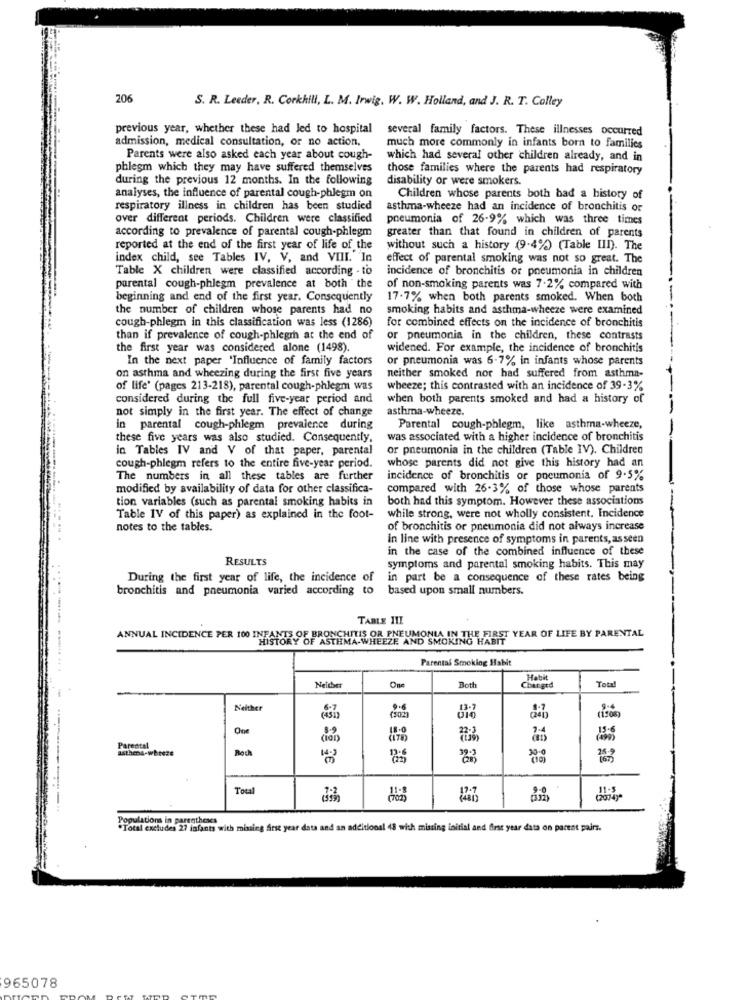
206
S. R. Leeder, R. Corkhill, L. M. Irwig. W. W. Holland, and J. R. T. Colley
previous year, whether these had led to hospital
several family factors. These illnesses occurred
admission, medical consultation, or no action,
much more commonly in infants born to families
Parents were also asked each year about cough-
which had several other children already, and in
phlegm which they may have suffered themselves
those families where the parents had respiratory
during the previous 12 months. In the following
disability or were smokers.
analyses, the influence of parental cough-phlegm on
Children whose parents both had a history of
respiratory illness in children has been studied
asthma-wheeze had an incidence of bronchitis or
over different periods. Children were classified
pneumonia of 26-9% which was three times
according to prevalence of parental cough-phlegm
greater than that found in children of parents
reported at the end of the first year of life of the
without such a history (9-4%) (Table III). The
index child, see Tables IV, V, and VIII. In
effect of parental smoking was not so great. The
Table X children were classified according . to
incidence of bronchitis or pneumonia in children
parental cough-phlegm prevalence at both the
of non-smoking parents was 7.2% compared with
beginning and end of the first year. Consequently
17.7% when both parents smoked. When both
the number of children whose parents had no
smoking habits and asthma-wheeze were examined
cough-phlegm in this classification was less (1286)
for combined effects on the incidence of bronchitis
than if prevalence of cough-phlegrh at the end of
or pneumonia in the children, these contrasts
the first year was considered alone (1498).
widened. For example, the incidence of bronchitis
In the next paper 'Influence of family factors
or pneumonia was 6-7% in infants whose parents
on asthma and wheezing during the first five years
neither smoked nor had suffered from asthma-
of life' (pages 213-218), parental cough-phlegm was
wheeze; this contrasted with an incidence of 39-3%
considered during the full five-year period and
when both parents smoked and had a history of
not simply in the first year. The effect of change
asthma-wheeze.
in parental cough-phlegm prevalence during
Parental cough-phlegm, like asthma-wheeze,
these five years was also studied. Consequently,
was associated with a higher incidence of bronchitis
in Tables IV and V of that paper, parental
or pneumonia in the children (Table IV). Children
whose parents did not give this history had an
cough-phlegm refers to the entire five-year period.
The numbers in all these tables are further
incidence of bronchitis or pneumonia of 9.5%
modified by availability of data for other classifica-
compared with 26-3% of those whose parents
tion variables (such as parental smoking habits in
both had this symptom. However these associations
Table 1V of this paper) as explained in the foot-
while strong, were not wholly consistent. Incidence
notes to the tables.
of bronchitis or pneumonia did not always increase
in line with presence of symptoms in parents, as seen
in the case of the combined influence of these
RESULTS
symptoms and parental smoking habits. This may
During the first year of life, the incidence of
in part be a consequence of these rates being
bronchitis and pneumonia varied according to
based upon small numbers.
TABLE III
ANNUAL INCIDENCE PER 100 INFANT3 O
RY OF ASTHMA-WHEEZE AND SMOKING HARDT YEAR OF LIFE BY PARENTAL
Parental Smoking Habit
. ...
Both
Habit
Total
Neither
Changed
Neither
(3023
One
Parental
asthena-wheeze
30.0
--
Total
Populations in parentheses
.Total excludes 27 infants with missing first year data and an additional 48 with missing initial and first year data on parent pairs.
965078